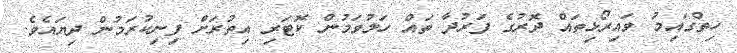
ހިތްގައިމު ވައިރޯޅިތައް ދޮރުގެ ފަރުދާ ތައް ހަލުވަމުން ކޮޓަރި އިތުރަށް ފިނިކުރަމުން ދިޔައެވެ.